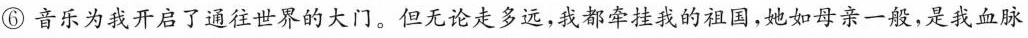
⑥音乐为我开启了通往世界的大门。但无论走多远，我都牵挂我的祖国，她如母亲一般，是我血脉